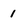
Character: 1